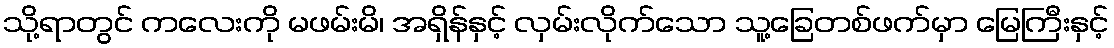
သို့ရာတွင် ကလေးကို မဖမ်းမိ၊ အရှိန်နှင့် လှမ်းလိုက်သော သူ့ခြေတစ်ဖက်မှာ မြေကြီးနှင့်